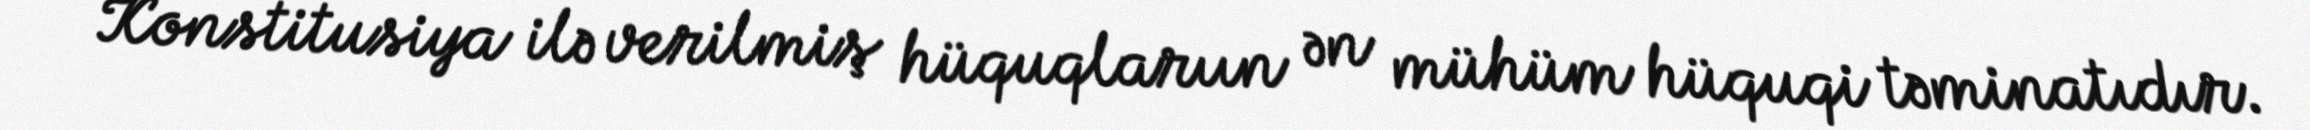
Konstitusiya ilə verilmiş hüquqlarıın ən mühüm hüquqi təminatıdır.